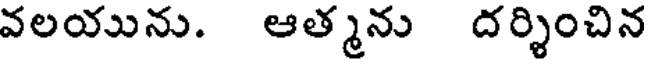
వలయును. ఆత్మను దర్శించిన